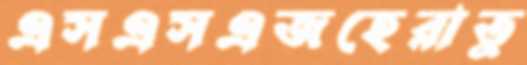
এসএসএজহেরাতু